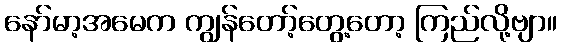
နော်မာ့အမေက ကျွန်တော့်တွေ့တော့ ကြည်လို့ဗျာ။